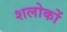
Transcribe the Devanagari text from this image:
शलोकों